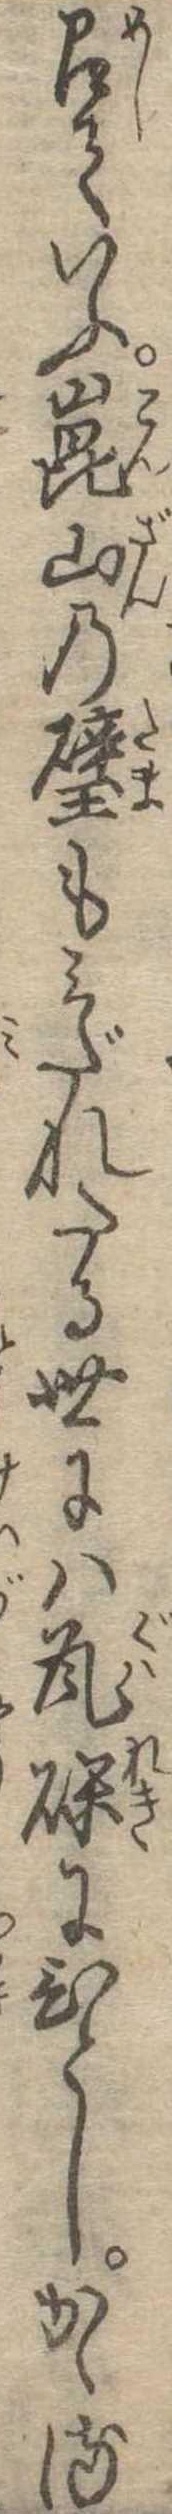
召ていふ崑山の璧もみだれたる世には瓦礫にひとしかゝる